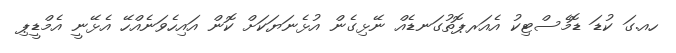
ހއ.ގަ ކުޑަ ޑޮމެސްޓިކު އެއަރޕޮތުގަނޑެއް ނޭޅިގެން އުޅެނަޔަކަށް ކޮން އައިހެވަނެއްހޭ އެޅޭނީ އެމްޑީޕި